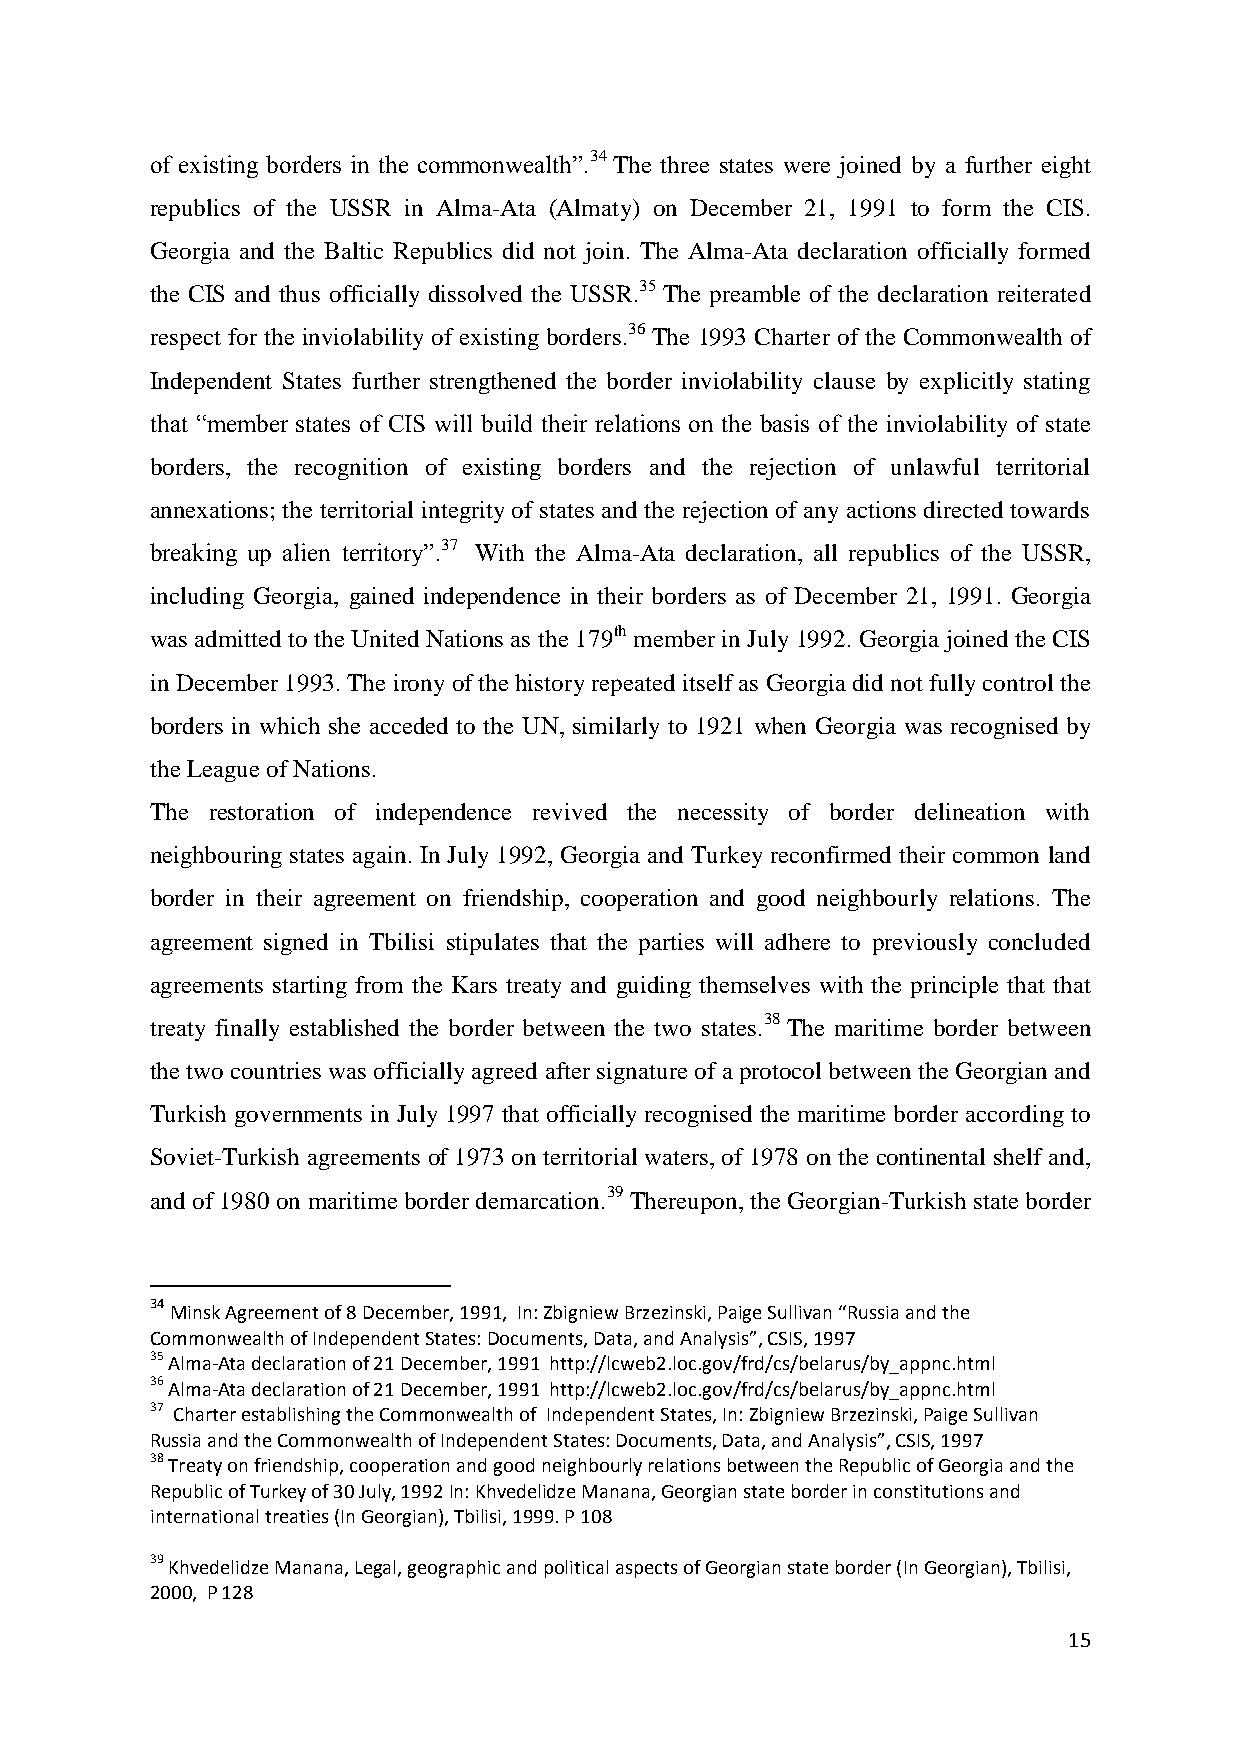
of existing borders in the commonwealth”.34 The three states were joined by a further eight
 republics of the USSR in Alma-Ata (Almaty) on December 21, 1991 to form the CIS.
 Georgia and the Baltic Republics did not join. The Alma-Ata declaration officially formed
 the CIS and thus officially dissolved the USSR.35 The preamble of the declaration reiterated
 respect for the inviolability of existing borders.36 The 1993 Charter of the Commonwealth of
 Independent States further strengthened the border inviolability clause by explicitly stating
 that “member states of CIS will build their relations on the basis of the inviolability of state
 borders, the recognition of existing borders and the rejection of unlawful territorial
 annexations; the territorial integrity of states and the rejection of any actions directed towards
 breaking up alien territory”.37 With the Alma-Ata declaration, all republics of the USSR,
 including Georgia, gained independence in their borders as of December 21, 1991. Georgia
 was admitted to the United Nations as the 179th member in July 1992. Georgia joined the CIS
 in December 1993. The irony of the history repeated itself as Georgia did not fully control the
 borders in which she acceded to the UN, similarly to 1921 when Georgia was recognised by
 the League of Nations.
 The restoration of independence revived the necessity of border delineation with
 neighbouring states again. In July 1992, Georgia and Turkey reconfirmed their common land
 border in their agreement on friendship, cooperation and good neighbourly relations. The
 agreement signed in Tbilisi stipulates that the parties will adhere to previously concluded
 agreements starting from the Kars treaty and guiding themselves with the principle that that
 treaty finally established the border between the two states.38 The maritime border between
 the two countries was officially agreed after signature of a protocol between the Georgian and
 Turkish governments in July 1997 that officially recognised the maritime border according to
 Soviet-Turkish agreements of 1973 on territorial waters, of 1978 on the continental shelf and,
 and of 1980 on maritime border demarcation.39 Thereupon, the Georgian-Turkish state border
 34 Minsk Agreement of 8 December, 1991, In: Zbigniew Brzezinski, Paige Sullivan “Russia and the
 Commonwealth of Independent States: Documents, Data, and Analysis”, CSIS, 1997
 35 Alma-Ata declaration of 21 December, 1991 http://lcweb2.loc.gov/frd/cs/belarus/by_appnc.html
 36 Alma-Ata declaration of 21 December, 1991 http://lcweb2.loc.gov/frd/cs/belarus/by_appnc.html
 37 Charter establishing the Commonwealth of Independent States, In: Zbigniew Brzezinski, Paige Sullivan
 Russia and the Commonwealth of Independent States: Documents, Data, and Analysis”, CSIS, 1997
 38 Treaty on friendship, cooperation and good neighbourly relations between the Republic of Georgia and the
 Republic of Turkey of 30 July, 1992 In: Khvedelidze Manana, Georgian state border in constitutions and
 international treaties (In Georgian), Tbilisi, 1999. P 108
 39 Khvedelidze Manana, Legal, geographic and political aspects of Georgian state border (In Georgian), Tbilisi,
 2000, P 128
 15